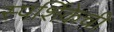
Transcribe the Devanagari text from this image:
स्पर्शिकेची